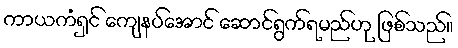
ကာယကံရှင် ကျေနပ်အောင် ဆောင်ရွက်ရမည်ဟု ဖြစ်သည်။